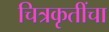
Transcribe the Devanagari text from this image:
चित्रकृतींचा